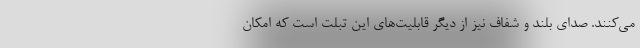
می‌کنند. صدای بلند و شفاف نیز از دیگر قابلیت‌های این تبلت است که امکان